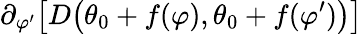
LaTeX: \partial_{\varphi^{\prime}}\big[D\big(\theta_{0}+f(\varphi),\theta_{0}+f(\varphi^{\prime})\big)\big]